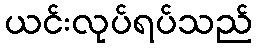
ယင်းလုပ်ရပ်သည်